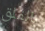
بالقلق